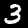
Digit: 3